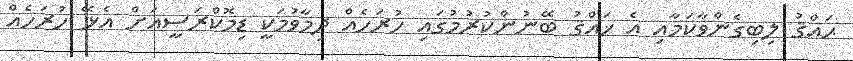
ޙައްޤު ލިބިގެންވާކަމާއި އެ ޚައްޤު ބޭނުންކުރުމުގައި ހުރަހެއް ދިމާވުމަކީ ޑިމޮކްރަސީއަށް އެޅޭ ހުރަހެއް